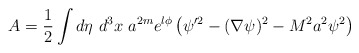
\begin{align*}A={\small\frac{1}{2}} \int d\eta\ d^3x\ a^{2m}e^{l\phi }\left( \psi ^{\prime 2}- (\nabla \psi )^2-M^2 a^2 \psi ^2\right) \end{align*}